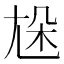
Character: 𡯦